Report on sanitation, dispensaries, and jails in Rajputana for 1916, and on vaccination for the year 1916-1917 - 1916-1917
Year: 1916
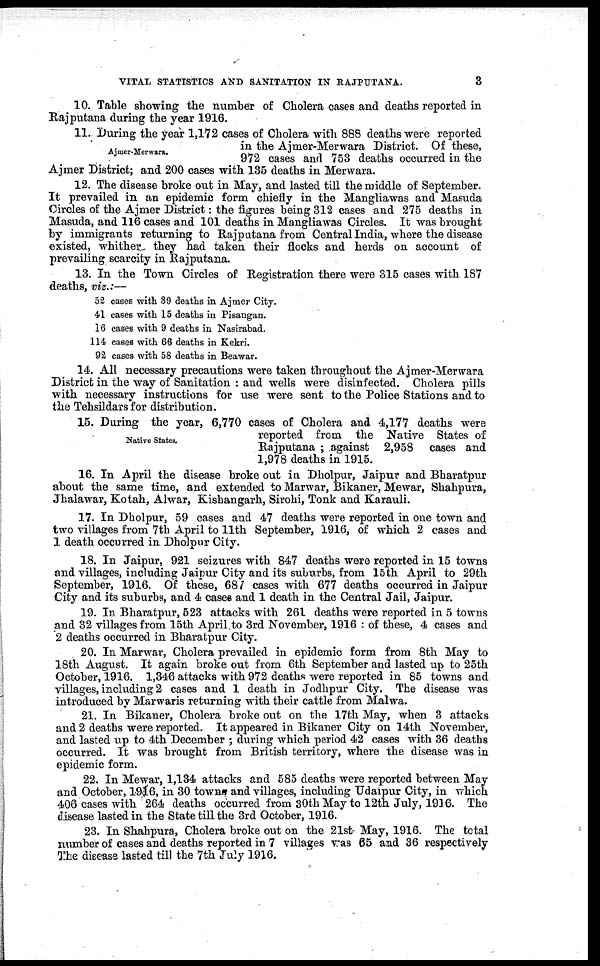
VITAL STATISTICS AND SANITATION IN RAJPUTANA.
3
10. Table showing the number of Cholera cases and deaths reported in
Rajputana during the year 1916.
Ajmer-Merwara.
11. During the year 1,172 cases of Cholera with 888 deaths were reported
in the Ajmer-Merwara District. Of these,
972 cases and 753 deaths occurred in the
Ajmer District; and 200 cases with 135 deaths in Merwara.
12. The disease broke out in May, and lasted till the middle of September.
It prevailed in an epidemic form chiefly in the Mangliawas and Masuda
Circles of the Ajmer District: the figures being 312 cases and 275 deaths in
Masuda, and 116 cases and 101 deaths in Mangliawas Circles. It was brought
by immigrants returning to Rajputana from Central India, where the disease
existed, whither they had taken their flocks and herds on account of
prevailing scarcity in Rajputana.
13. In the Town Circles of Registration there were 315 cases with 187
deaths, viz.:—
52 cases with 39 deaths in Ajmer City.
41 cases with 15 deaths in Pisangan.
16 cases with 9 deaths in Nasirabad.
114 cases with 66 deaths in Kekri.
92 cases with 58 deaths in Beawar.
14. All necessary precautions were taken throughout the Ajmer-Merwara
District in the way of Sanitation : and wells were disinfected. Cholera pills
with necessary instructions for use were sent to the Police Stations and to
the Tehsildars for distribution.
Native States.
15. During the year, 6,770 cases of Cholera and 4,177 deaths were
reported from the Native States of
Rajputana ; against 2,958 cases and
1,978 deaths in 1915.
16. In April the disease broke out in Dholpur, Jaipur and Bharatpur
about the same time, and extended to Marwar, Bikaner, Mewar, Shahpura,
Jhalawar, Kotah, Alwar, Kishangarh, Sirohi, Tonk and Karauli.
17. In Dholpur, 59 cases and 47 deaths were reported in one town and
two villages from 7th April to 11th September, 1916, of which 2 cases and
1 death occurred in Dholpur City.
18. In Jaipur, 921 seizures with 847 deaths were reported in 15 towns
and villages, including Jaipur City and its suburbs, from 15th April to 29th
September, 1916. Of these, 687 cases with 677 deaths occurred in Jaipur
City and its suburbs, and 4 cases and 1 death in the Central Jail, Jaipur.
19. In Bharatpur, 523 attacks with 261 deaths were reported in 5 towns
and 32 villages from 15th April to 3rd November, 1916 : of these, 4 cases and
2 deaths occurred in Bharatpur City.
20. In Marwar, Cholera prevailed in epidemic form from 8th May to
18th August. It again broke out from 6th September and lasted up to 25th
October, 1916. 1,346 attacks with 972 deaths were reported in 85 towns and
villages, including 2 cases and 1 death in Jodhpur City. The disease was
introduced by Marwaris returning with their cattle from Malwa.
21. In Bikaner, Cholera broke out on the 17th May, when 3 attacks
and 2 deaths were reported. It appeared in Bikaner City on 14th November,
and lasted up to 4th December ; during which period 42 cases with 36 deaths
occurred. It was brought from British territory, where the disease was in
epidemic form.
22. In Mewar, 1,134 attacks and 585 deaths were reported between May
and October, 1916, in 30 towns and villages, including Udaipur City, in which
406 cases with 264 deaths occurred from 30th May to 12th July, 1916. The
disease lasted in the State till the 3rd October, 1916.
23. In Shahpura, Cholera broke out on the 21st- May, 1916. The total
number of cases and deaths reported in 7 villages was 65 and 36 respectively
The disease lasted till the 7th July 1916.